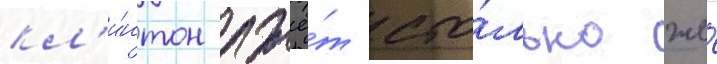
кл'и́нтон лжё́т сто́лько же́